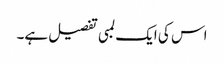
اس کی ایک لمبی تفصیل ہے۔